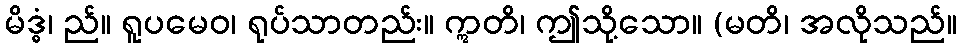
မိဒ္ဓံ၊ ည်။ ရူပမေဝ၊ ရုပ်သာတည်း။ ဣတိ၊ ဤသို့သော။ (မတိ၊ အလိုသည်။